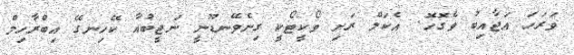
ވަރަހަ އަޖާއިބު ވެގޮހޮ. އެކަލް ރަށި ވޯކީޓޯކީ ގިނެވޭނޑޫނީ ނަޖީބުއާ ކޭހިނގޭ އިބްރާހިމް